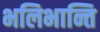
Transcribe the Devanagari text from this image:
भलिभान्ति